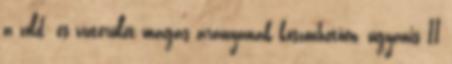
a zöld- és vízterület magas arányának köszönhetően, ugyanis 11